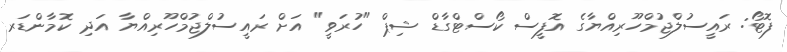
ފޮޓޯ: ރައީސުލްޖުމްހޫރިއްޔާގެ އޮފީސް ކޯސްޓްގާޑް ޝިޕް "ހުރަވީ" އަށް ރައީސުލްޖުމްހޫރިއްޔާ އަދި ކޮމާންޑަރ